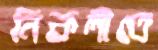
নিকলীতে